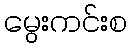
မွေးကင်းစ